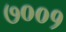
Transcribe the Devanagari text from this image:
७००१